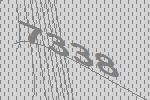
7338